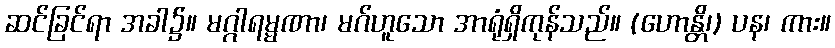
ဆင်ခြင်ရာ အခါ၌။ မဂ္ဂါရမ္မဏာ၊ မဂ်ဟူသော အာရုံရှိကုန်သည်။ (ဟောန္တိ၊) ပန၊ ကား။